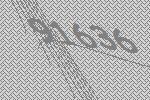
91636